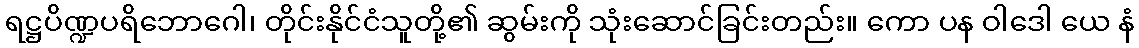
ရဋ္ဌပိဏ္ဍပရိဘောဂေါ၊ တိုင်းနိုင်ငံသူတို့၏ ဆွမ်းကို သုံးဆောင်ခြင်းတည်း။ ကော ပန ဝါဒေါ ယေ နံ